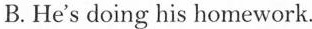
B. He's doing his homework.